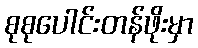
စုစုပေါင်းတန်ဖိုးမှာ